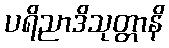
ပရိညာဒိသုတ္တာနိ